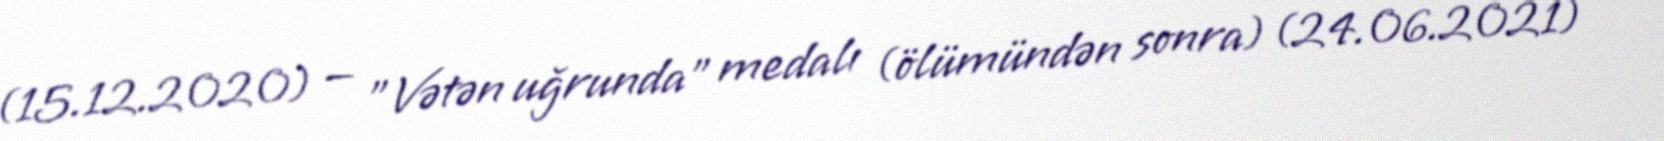
(15.12.2020) — "Vətən uğrunda" medalı (ölümündən sonra) (24.06.2021) —